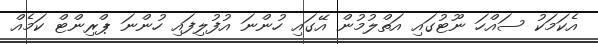
އެކަމަކު ސައްހަ ނޫޓުގައި އަތްލުމުން އޭގައި ހުންނަ އުފުލިފައި ހުންނަ ޕްރިންޓް ކަމެއް